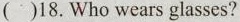
( )18. Who wears glasses?